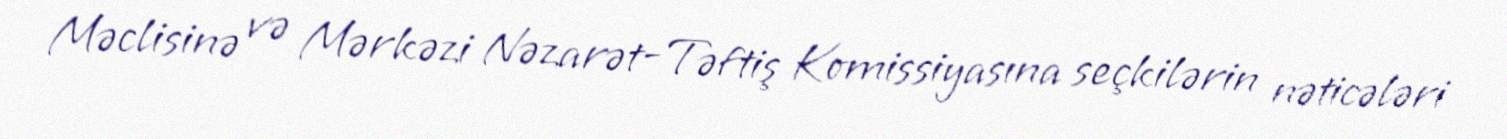
Məclisinə və Mərkəzi Nəzarət-Təftiş Komissiyasına seçkilərin nəticələri